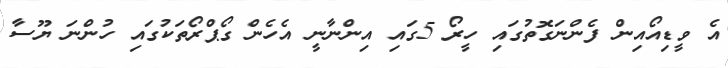
އެ ވީޑިއޯއިން ފެންނަގޮތުގައި ހީރޯ 5ގައި އިންނާނީ އެހެން ގޯޕްރޯތަކުގައި ހުންނަ ޔޫސާ